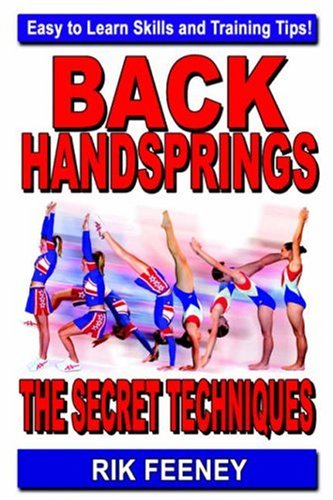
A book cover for Back Handsprings: The Secret Techniques; Rik Feeney; Children's Books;